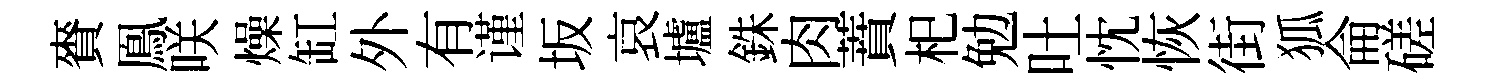
賚鳯咲燥缸外有谨坂哀壚銖肉蕡𣏌勉吐忱恢街狐侖磋